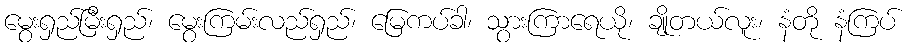
မွေးရှည်မြီးရှည်၊ မွေးကြမ်းလည်ရှည်၊ မြေကပ်ခါ၊ သွားကြာရေယို၊ ချိုတယ်လူး၊ နံတို နံကြပ်